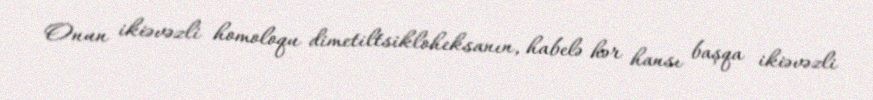
Onun ikiəvəzli homoloqu dimetiltsikloheksanın, habelə hər hansı başqa ikiəvəzli